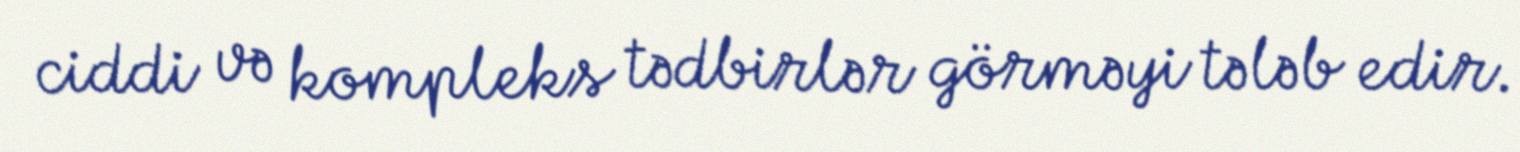
ciddi və kompleks tədbirlər görməyi tələb edir.